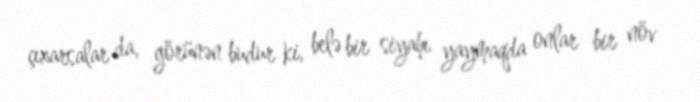
çıxarsalar da, görünən budur ki, belə bir siyahı yaymaqda onlar bir növ